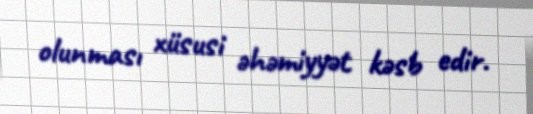
olunması xüsusi əhəmiyyət kəsb edir.